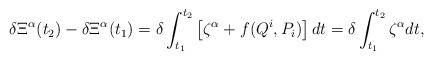
LaTeX: \begin{align*}\delta\Xi^{\alpha}(t_{2})-\delta\Xi^{\alpha}(t_{1})=\delta\int^{t_{2}}_{t_{1}}\left[\zeta^{\alpha}+f(Q^{i},P_{i})\right]dt=\delta\int^{t_{2}}_{t_{1}}\zeta^{\alpha}dt,\end{align*}